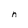
Character: n